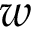
\boldsymbol { w }